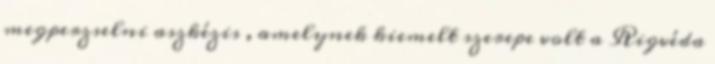
megperzselni aszkézis , amelynek kiemelt szerepe volt a Rigvéda